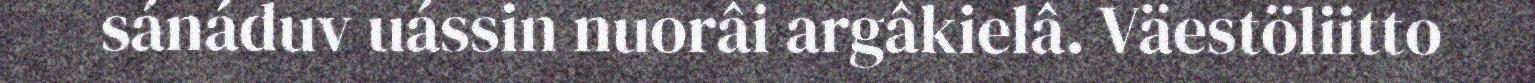
sánáduv uássin nuorâi argâkielâ. Väestöliitto